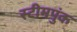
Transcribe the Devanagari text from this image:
स्टीमपुंक